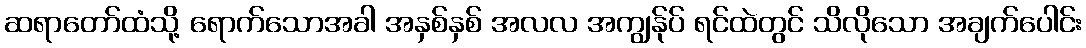
ဆရာတော်ထံသို့ ရောက်သောအခါ အနှစ်နှစ် အလလ အကျွန်ုပ် ရင်ထဲတွင် သိလိုသော အချက်ပေါင်း